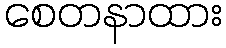
စေတနာထား